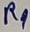
Text: R9